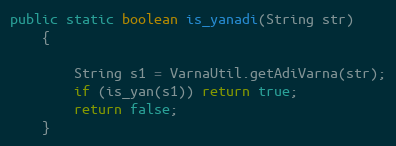
Language: Java
public static boolean is_yanadi(String str)
    {

        String s1 = VarnaUtil.getAdiVarna(str);
        if (is_yan(s1)) return true;
        return false;
    }